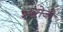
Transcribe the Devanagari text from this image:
२५रोजी